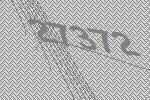
27372